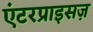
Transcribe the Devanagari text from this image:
एंटरप्राइसज़